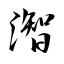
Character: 潪